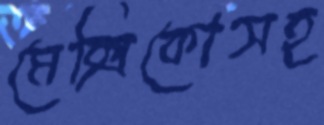
মেক্সিকোসহ